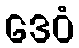
ဒေဝံ